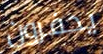
يحفرون